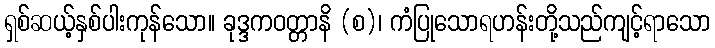
ရှစ်ဆယ့်နှစ်ပါးကုန်သော။ ခုဒ္ဒကဝတ္တာနိ (စ)၊ ကံပြုသောရဟန်းတို့သည်ကျင့်ရာသော